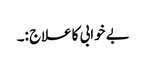
بے خوابی کا علاج :۔